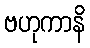
ဗဟုကာနိ